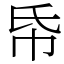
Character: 帋